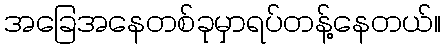
အခြေအနေတစ်ခုမှာရပ်တန့်နေတယ်။